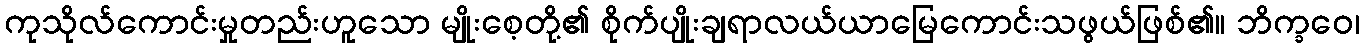
ကုသိုလ်ကောင်းမှုတည်းဟူသော မျိုးစေ့တို့၏ စိုက်ပျိုးချရာလယ်ယာမြေကောင်းသဖွယ်ဖြစ်၏။ ဘိက္ခဝေ၊